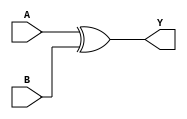
module xor_gate (
    input A,
    input B,
    output Y
);
    assign Y = A ^ B;
endmodule

module and_gate (
    input A,
    input B,
    output Y
);
    assign Y = A & B;
endmodule

module not_gate (
    input A,
    output Y
);
    assign Y = ~A;
endmodule

module half_subtractor (
    input A,
    input B,
    output Difference,
    output Borrow
);
    wire NotA, Borrow_intermediate;

    xor_gate XOR1 (.A(A), .B(B), .Y(Difference));
    not_gate NOT1 (.A(A), .Y(NotA));
    and_gate AND1 (.A(NotA), .B(B), .Y(Borrow_intermediate));
    assign Borrow = Borrow_intermediate;
endmodule